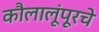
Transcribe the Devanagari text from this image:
कौलालूंपूरचे